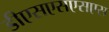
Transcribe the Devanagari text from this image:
डीएसएसएसएस